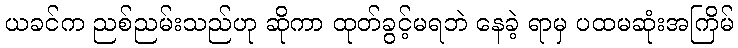
ယခင်က ညစ်ညမ်းသည်ဟု ဆိုကာ ထုတ်ခွင့်မရဘဲ နေခဲ့ ရာမှ ပထမဆုံးအကြိမ်